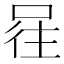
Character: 𭈕